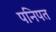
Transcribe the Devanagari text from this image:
पनिपत